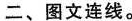
二、图文连线。